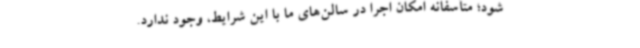
شود؛ متأسفانه امکان اجرا در سالن‌های ما با این شرایط، وجود ندارد.